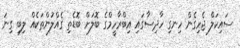
ސައިކަލް ޖެހިގެން ހިނގި ހާދިސާގައި އިބްރާހީމްގެ ބޮލަށް ބޮޑެތި ގެއްލުންތަކެއް ލިބި ގިނަ